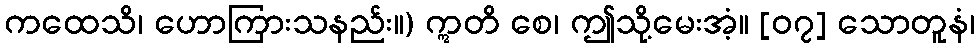
ကထေသိ၊ ဟောကြားသနည်း။) ဣတိ စေ၊ ဤသို့မေးအံ့။ [၀၇] သောတူနံ၊